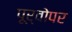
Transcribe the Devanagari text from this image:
पूर्वोपर